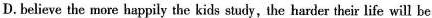
D.believe the more happily the kids study, the harder their life will be